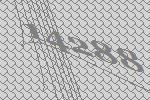
14288